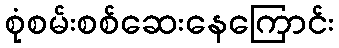
စုံစမ်းစစ်ဆေးနေကြောင်း